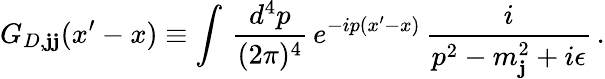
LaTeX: G_{D,\mathbf{j}\mathbf{j}}(x^{\prime}-x)\equiv\int\, \frac{{d^{4}p}}{{(2\pi)^{4}}}\, e^{-ip(x^{\prime}-x)}\, \frac{{i}}{{p^{2}-m_{\mathbf{j}}^{2}+i\epsilon}}\, .